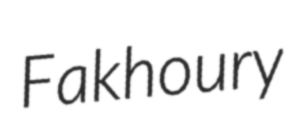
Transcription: Fakhoury